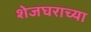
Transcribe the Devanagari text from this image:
शेजघराच्या